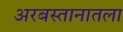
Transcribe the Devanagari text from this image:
अरबस्तानातला